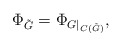
\begin{align*}\Phi_{\tilde G}=\Phi_{G\mid_{C(\tilde G)}},\end{align*}